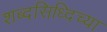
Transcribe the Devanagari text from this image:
शब्दसिध्दिच्या